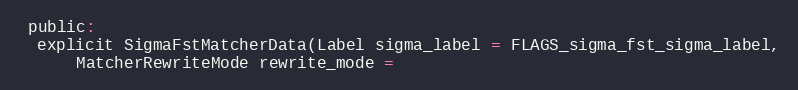
Language: C
 public:
  explicit SigmaFstMatcherData(Label sigma_label = FLAGS_sigma_fst_sigma_label,
      MatcherRewriteMode rewrite_mode =